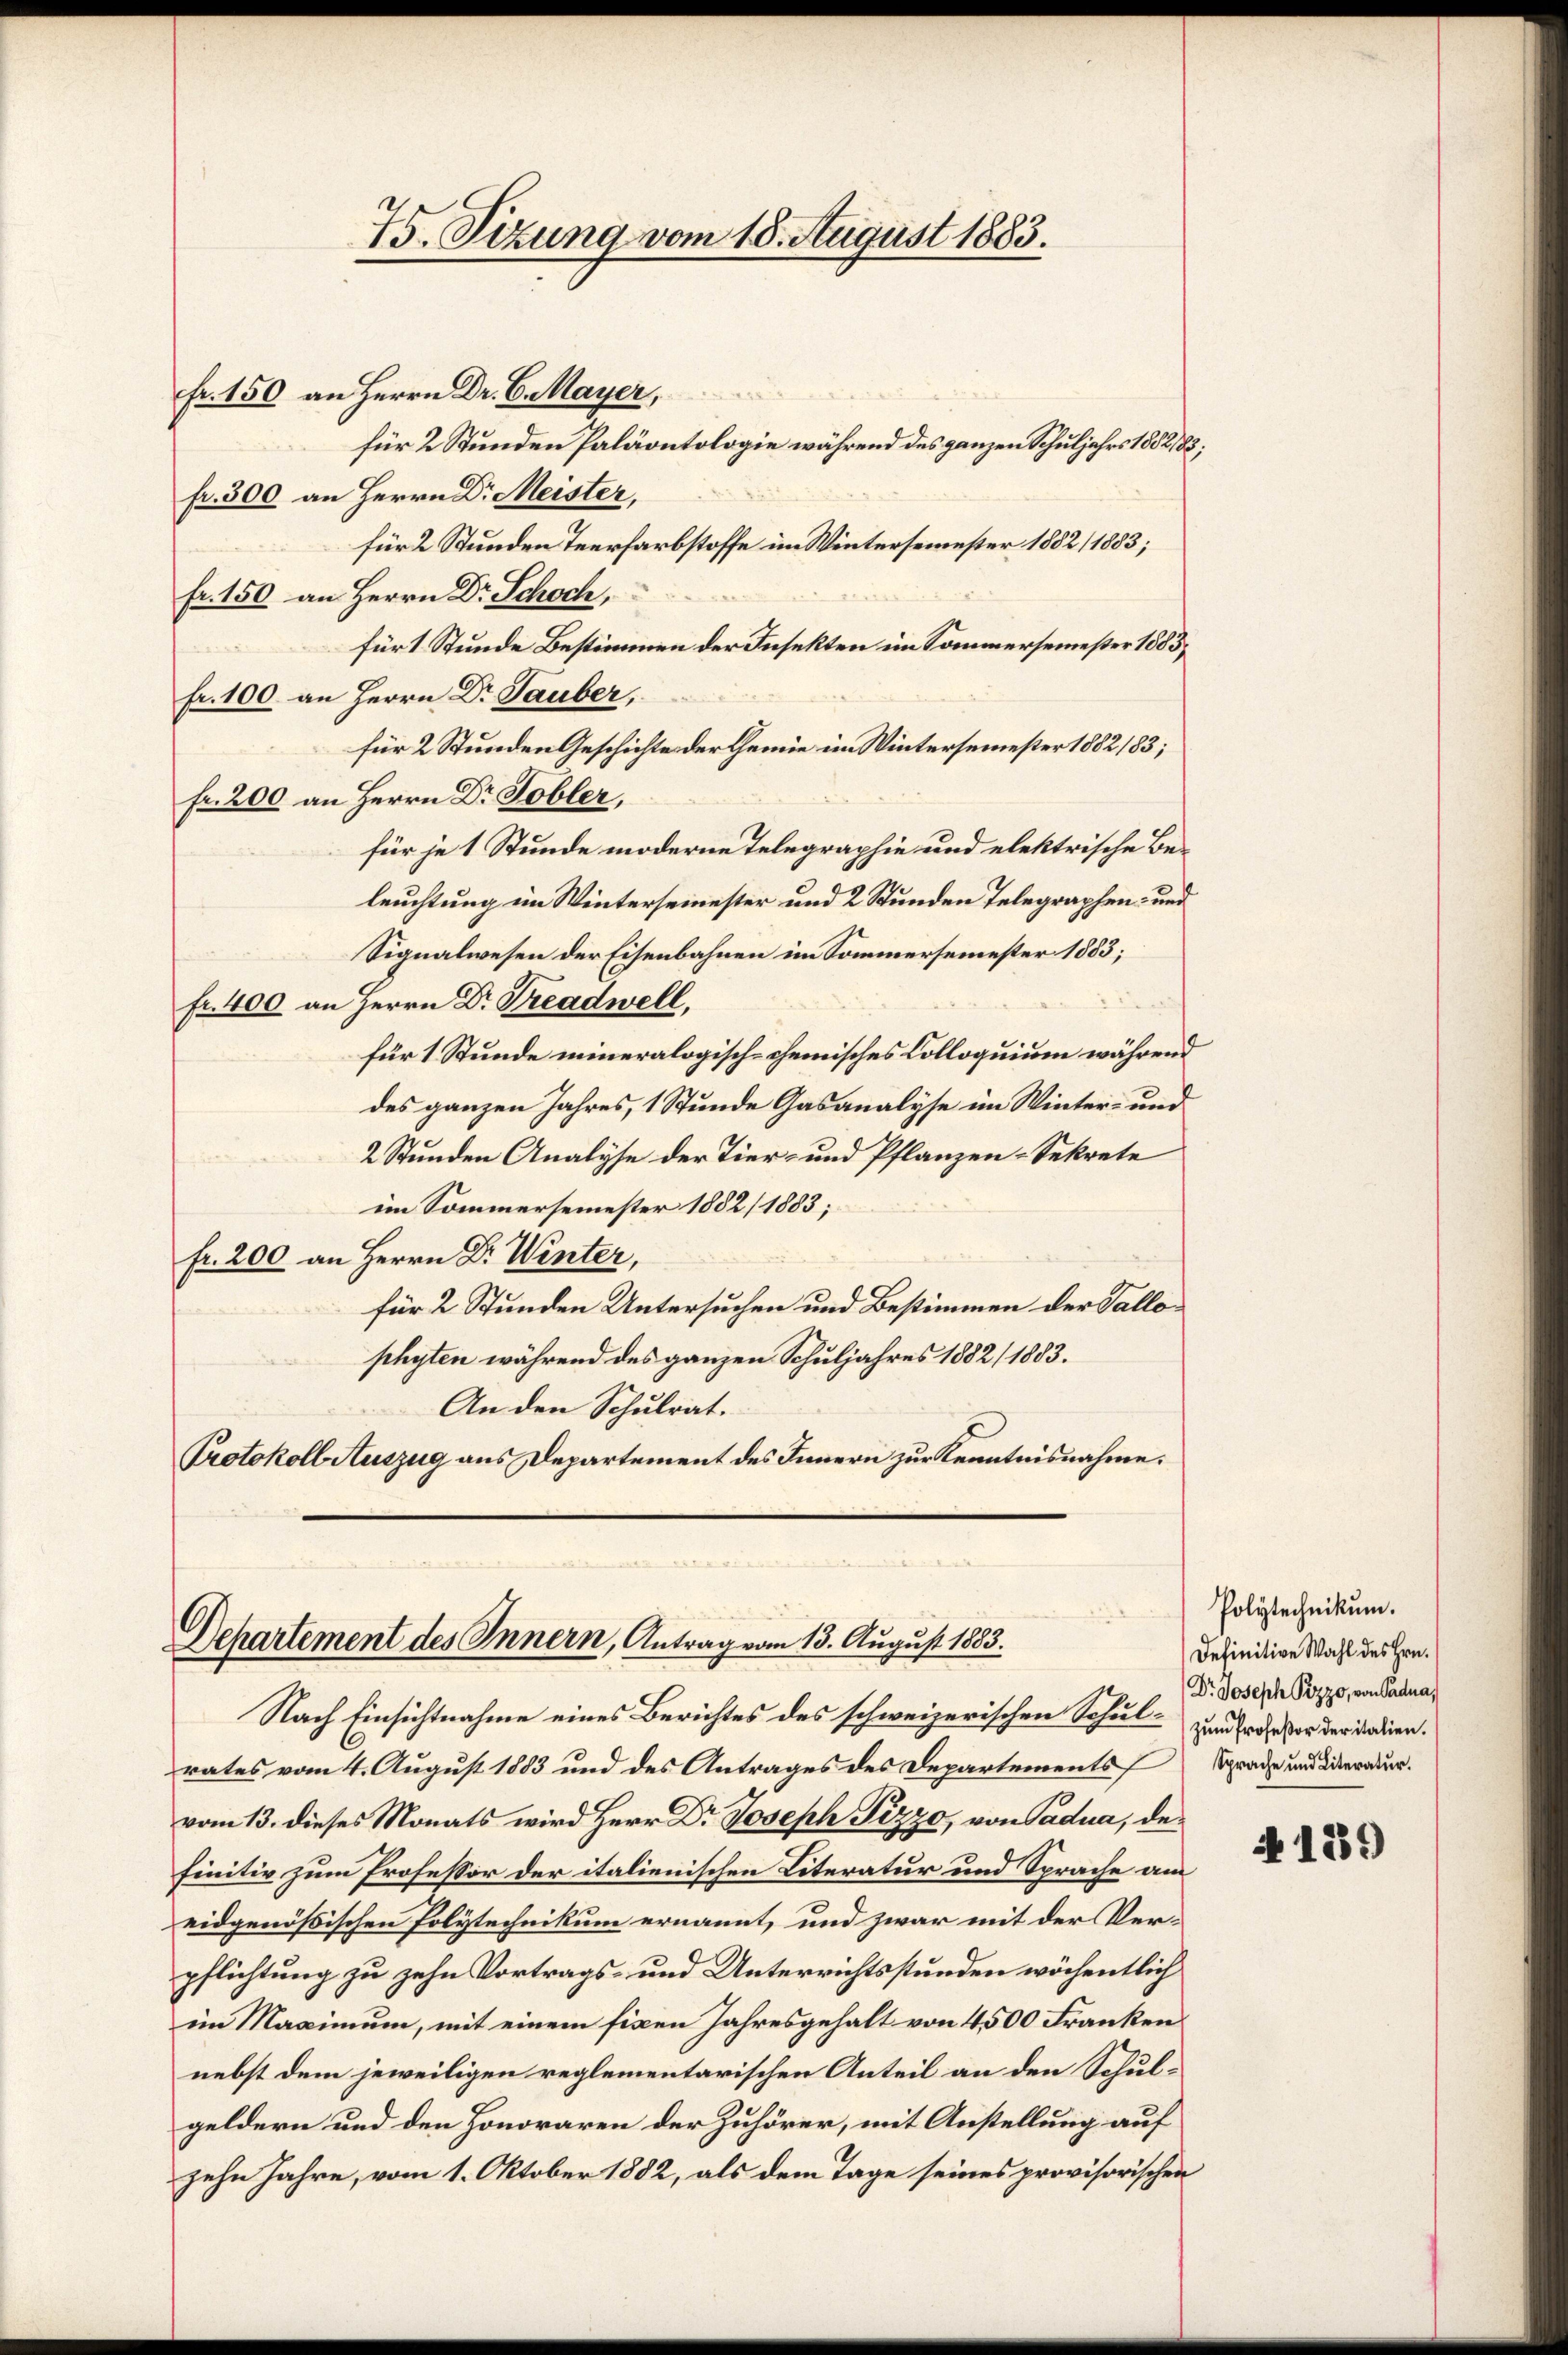
75. Sizung vom 18. August 1883.

fr. 150 an Herrn Dr. C. Mayer,
für 2 Stunden Paläontologie während des ganzen Schuljahrs 1882/83;
fr. 300 an Herrn Dr. Meister,
für 2 Stunden Teerfarbstoffe im Wintersemester 1882/1883;
fr. 150 an Herrn Dr Schoch,
fürt Stunde Bestimmen der Insekten im Sommersemester 1883,
fr. 100. an Herrn Dr. Lauber,
für 2 Stunden Geschichte der Gemie im Wintersemester 1882/83;
Fr. 200 an Herrn Dr. Tobler.
für je 1 Stunde moderne Telegraphie und elektrische Beleuchtung im Wintersemester und 2 Stunden Telegraphen- und
Signalwesen der Eisenbahnen im Sommersemester 1883;
fr. 400 an Herrn Dr Treadwell.
für 1 Stunde mineralogisch-cheinisches Colloquium während
des ganzen Jahres, 1 Stunde Gasanalyse im Winter- und
2 Stunden Analyse der Tier- und Pflanzen-Sekrete
im Sommersemester 1882/1883;
fr. 200 an Herrn Dr. Winter,
für 2 Stunden Untersuchen und Bestimmen der Vallophyten während des ganzen Schuljahres 1882/1883.
An den Schulrat.
Protokoll Auszug aus Departement des Innern zur Kenntnisnahme.

Departement des Innern, Antrag vom 13. August 1883.
Nach Einsichtnahme eines Berichtes des schweizerischen Schul¬

rates vom 4. August 1883 und des Antrages des Departements Sprache und Dierauer.
vom 13. dieses Monats wird Herr Dr Joseph Pizzo, von Cadua, definitiv zum Professor der italienischen Literatur und Sprache am
eidgenößischen Polytechnikum ernannt, und zwar mit der Verpflichtung zu zehn Vortrags- und Unterrichtsstunden wöchentlich
im Maximum, mit einem fixen Jahresgehalt von 4500 Franken
nebst dem jeweiligen reglementarischen Anteil an den Schulgeldern und den Honoraren der Zuhörer, mit Anstellung auf
zehn Jahre, vom 1. Oktober 1882, als dem Tage seines provisorischen

Polytechnikum.
Definitive Wahl des Hrn.
Dr Joseph Pizzo, von Sadua,
zŭm Profeßor der italien.

4 189